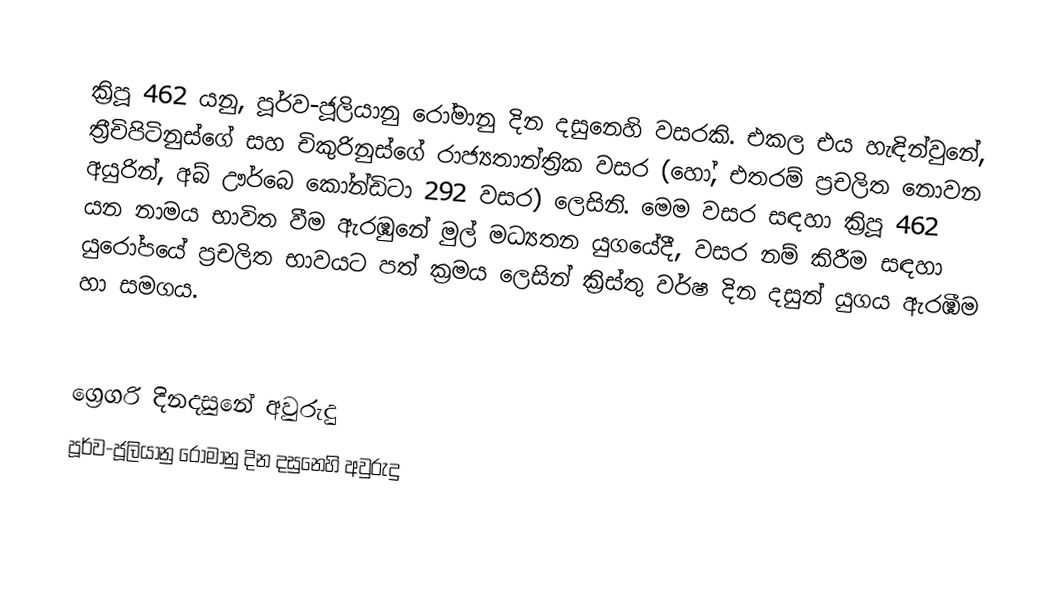

ක්‍රිපූ 462 යනු, පූර්ව-ජූලියානු රෝමානු දින දසුනෙහි වසරකි. එකල එය හැඳින්වුනේ, ත්‍රීචිපිටිනුස්ගේ සහ චිකුරිනුස්ගේ රාජ්‍යතාන්ත්‍රික වසර (හෝ, එතරම් ප්‍රචලිත නොවන අයුරින්, අබ් ඌර්බෙ කෝන්ඩිටා 292 වසර) ලෙසිනි. මෙම වසර සඳහා ක්‍රිපූ 462 යන නාමය භාවිත වීම ඇරඹුනේ මුල්  මධ්‍යතන යුගයේදී, වසර නම් කිරීම සඳහා යුරෝපයේ ප්‍රචලිත භාවයට පත් ක්‍රමය ලෙසින් ක්‍රිස්තු වර්ෂ දින දසුන් යුගය ඇරඹීම හා සමගය.

ග්‍රෙගරි දිනදසුනේ අවුරුදු
පූර්ව-ජූලියානු රෝමානු දින දසුනෙහි අවුරුදු